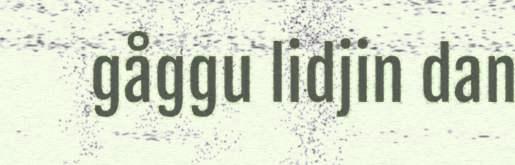
gåggu lidjin dan